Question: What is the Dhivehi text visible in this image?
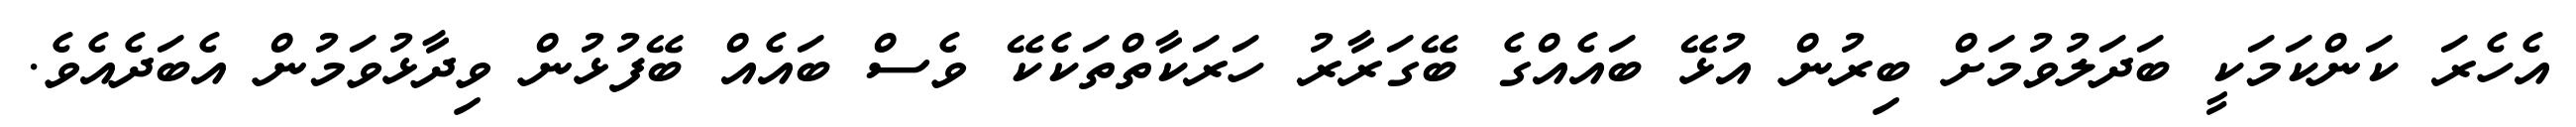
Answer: އެހެރަ ކަންކަމަކީ ބަދަލުވުމަށް ބިރުން އުޅޭ ބައެއްގެ ބޭގަރާރު ހަރަކާތްތަކެކޭ ވެސް ބައެއް ބޭފުޅުން ވިދާޅުވަމުން އެބަދެއެވެ.